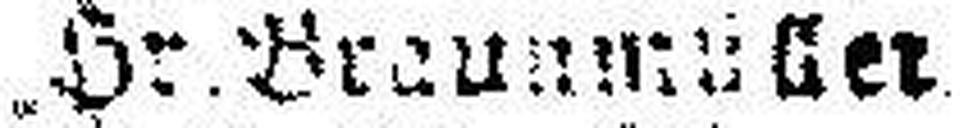
Hr. Braunmüller